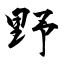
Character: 野